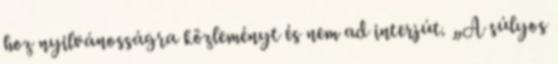
hoz nyilvánosságra közleményt és nem ad interjút. „A súlyos